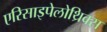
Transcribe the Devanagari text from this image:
एरिसाइपेलोथ्रिक्स